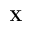
{ \mathbf X }